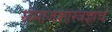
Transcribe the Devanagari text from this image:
समाजशास्त्रज्ञांचे